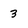
Character: 3